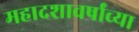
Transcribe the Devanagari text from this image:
महादशावर्षांच्या